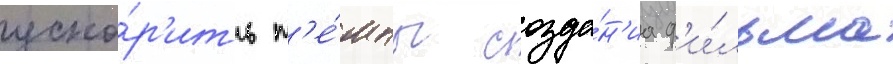
уско́р'ить т'е́мпы созда́н'иа ф'и́льма